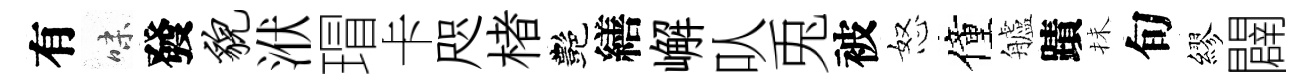
有味發貌洑瑁卡咫楮艷繕嶰㕥兎被怒僮艫蹟抺旬繆闢